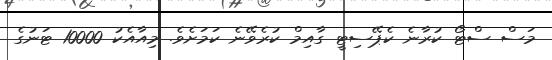
މަސް ސްޓޯ ކުރާނެ ކެޕޭސިޓީ ގާއިމް ކުރެވޭނެ ކަމަށެވެ. މިއާއެކު 10000 ޓަނުގެ